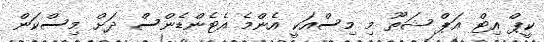
ކީޕް އިޓް އަޕް ޝަތޫ މި މިސްއަކީ އެންމެ އެޓެންޑެންސް ދަށް މިސްކަން